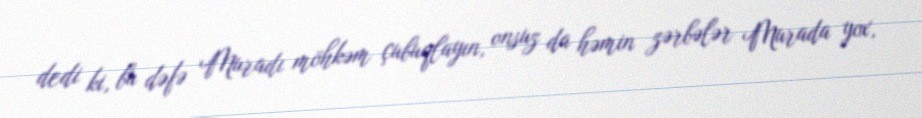
dedi ki, bu dəfə Muradı möhkəm çubuqlayın, onsuz da həmin zərbələr Murada yox,